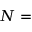
N =